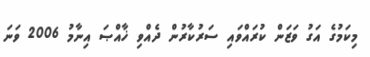
މިކަމުގެ އަގު ވަޒަން ކުރައްވައި ސަރުކާރުން ދެއްވި ޚާއްޞަ އިނާމު 2006 ވަނަ